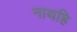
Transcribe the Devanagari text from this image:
नाथहि